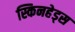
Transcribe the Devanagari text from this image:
स्किनहेड्स